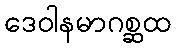
ဒေဝါနမာဂစ္ဆထ